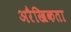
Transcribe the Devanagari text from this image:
अरैखिकता